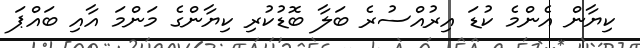
ކިޔާން އެންމެ ކުޑަ އިރުއްސުރެ ބަލާ ބޮޑުކުރި ކިޔާންގެ މަންމަ އާއި ބައްޕަ